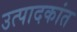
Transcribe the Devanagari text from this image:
उत्पादकांत